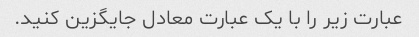
عبارت زیر را با یک عبارت معادل جایگزین کنید.